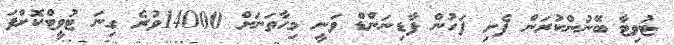
ޓުވިޓާ ބޭނުންކުރަން ފެށި ފަހުން ފާޑިނަންޑް ވަނީ މިހާތަނަށް 14000ވުރެ ގިނަ ޓުވީޓްކޮށްފަ